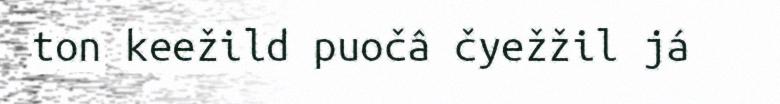
ton keežild puočâ čyežžil já